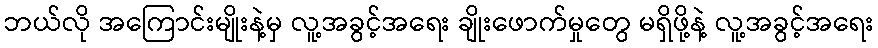
ဘယ်လို အကြောင်းမျိုးနဲ့မှ လူ့အခွင့်အရေး ချိုးဖောက်မှုတွေ မရှိဖို့နဲ့ လူ့အခွင့်အရေး